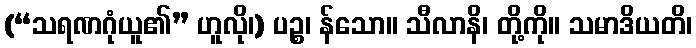
(“သရဏဂုံယူ၏” ဟူလို၊) ပဉ္စ၊ န်သော။ သီလာနိ၊ တို့ကို။ သမာဒိယတိ၊